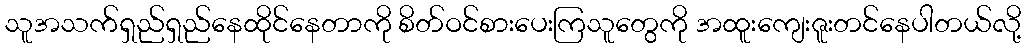
သူအသက်ရှည်ရှည်နေထိုင်နေတာကို စိတ်ဝင်စားပေးကြသူတွေကို အထူးကျေးဇူးတင်နေပါတယ်လို့